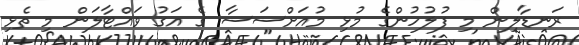
ރަނޑާލިން މި ފުލުހުންގެ މުޅި މުއަށްސަސާ ގެ އަގު ވައްޓާލަން މި ތެޅި